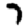
Digit: 7